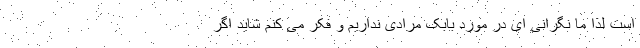
است لذا ما نگرانی ای در مورد بابک مرادی نداریم و فکر می کنم شاید اگر